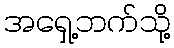
အရှေ့ဘက်သို့